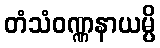
တံသံဝဏ္ဏနာယမ္ပိ